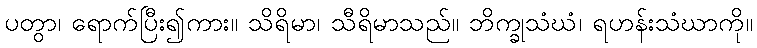
ပတွာ၊ ရောက်ပြီး၍ကား။ သိရိမာ၊ သီရိမာသည်။ ဘိက္ခုသံဃံ၊ ရဟန်းသံဃာကို။